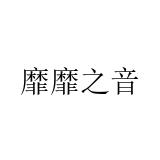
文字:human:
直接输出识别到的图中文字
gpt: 靡靡之音